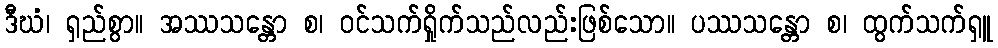
ဒီဃံ၊ ရှည်စွာ။ အဿသန္တော စ၊ ဝင်သက်ရှိုက်သည်လည်းဖြစ်သော။ ပဿသန္တော စ၊ ထွက်သက်ရှူ